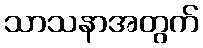
သာသနာအတွက်